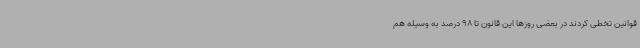
قوانین تخطی کردند در بعضی روزها این قانون تا 98 درصد به‌ وسیله هم